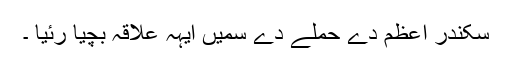
سکندر اعظم دے حملے دے سمیں ایہہ علاقہ بچیا رئیا ۔